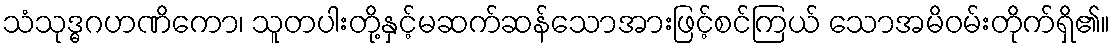
သံသုဒ္ဓဂဟဏိကော၊ သူတပါးတို့နှင့်မဆက်ဆန်သောအားဖြင့်စင်ကြယ် သောအမိဝမ်းတိုက်ရှိ၏။